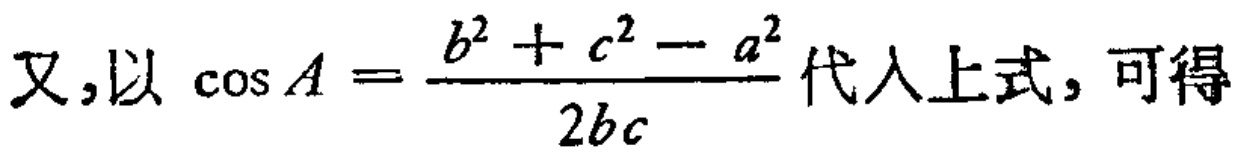
又,以\(\cos A = \frac{b^{2}+c^{2}-a^{2}}{2bc}\)代入上式, 可得